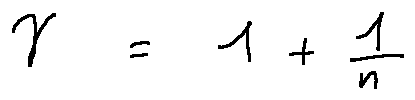
\gamma = 1 + \frac { 1 } { n }